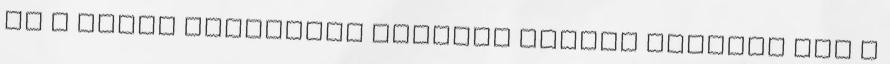
és a Tóbit könyvében szintén Ráfael kötötte meg a